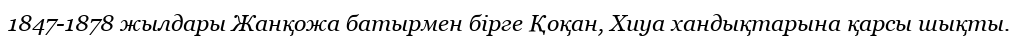
1847-1878 жылдары Жанқожа батырмен бірге Қоқан, Хиуа хандықтарына қарсы шықты.